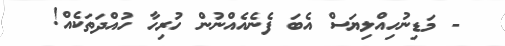
- މަޑިނުހިއްލިޔަސް އެބަ ފެނެއެއްނުން ހުރިހާ ހުއްދަތަކެއް!